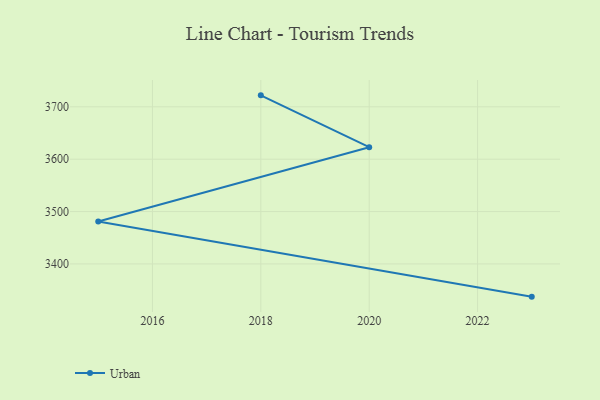
{"axis": {"x": "Year", "y": "Backlog"}, "legend": ["Urban"], "data": [{"x": "2023", "y": 3337.5, "type": "Urban"}, {"x": "2015", "y": 3481.1, "type": "Urban"}, {"x": "2020", "y": 3622.9, "type": "Urban"}, {"x": "2018", "y": 3721.9, "type": "Urban"}]}